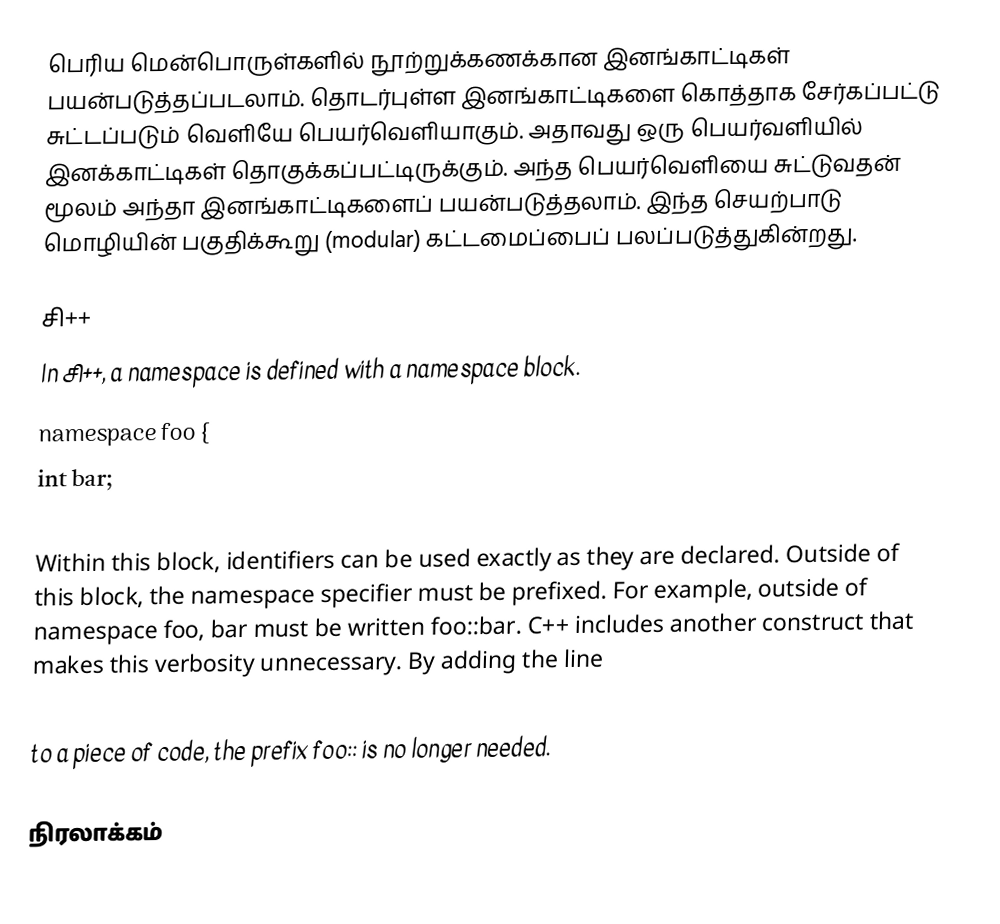
பெரிய மென்பொருள்களில் நூற்றுக்கணக்கான இனங்காட்டிகள் பயன்படுத்தப்படலாம்.  தொடர்புள்ள இனங்காட்டிகளை கொத்தாக சேர்கப்பட்டு சுட்டப்படும் வெளியே பெயர்வெளியாகும்.  அதாவது ஒரு பெயர்வளியில் இனக்காட்டிகள் தொகுக்கப்பட்டிருக்கும்.  அந்த பெயர்வெளியை சுட்டுவதன் மூலம் அந்தா இனங்காட்டிகளைப் பயன்படுத்தலாம்.  இந்த செயற்பாடு மொழியின் பகுதிக்கூறு (modular) கட்டமைப்பைப் பலப்படுத்துகின்றது.

சி++
In சி++, a namespace is defined with a namespace block.
namespace foo {
  int bar;
}
Within this block, identifiers can be used exactly as they are declared.  Outside of this block, the namespace specifier must be prefixed.  For example, outside of namespace foo, bar must be written foo::bar.  C++ includes another construct that makes this verbosity unnecessary.  By adding the line
using namespace foo;
to a piece of code, the prefix foo:: is no longer needed.

நிரலாக்கம்